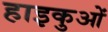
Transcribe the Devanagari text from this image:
हाइकुओं